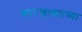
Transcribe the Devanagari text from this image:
कारखाण्न्याच्या